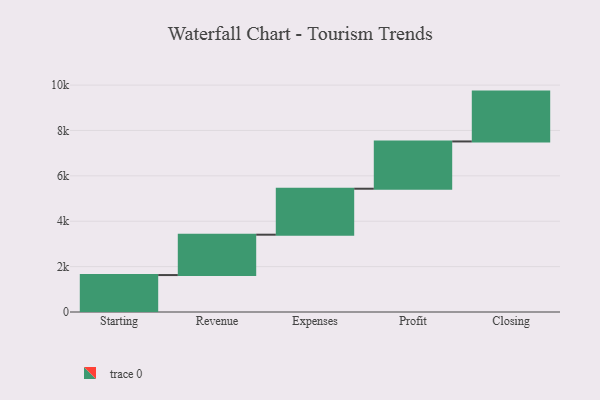
{"axis": {"x": "Step", "y": "Value"}, "legend": [""], "data": [{"x": "Starting", "y": 1628.0, "type": ""}, {"x": "Revenue", "y": 1779.0, "type": ""}, {"x": "Expenses", "y": 2026.0, "type": ""}, {"x": "Profit", "y": 2083.0, "type": ""}, {"x": "Closing", "y": 2197.0, "type": ""}]}